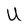
Character: U